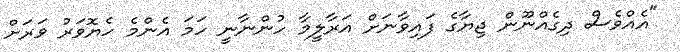
"އެއްވެސް ދިގެއްނޫން ޖިޔާގެ ފައިވާނަށް އަރާލީމާ ހުންނާނީ ހަމަ އެންމެ ހެޔޮވަރު ވަރަށް